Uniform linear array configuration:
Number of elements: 64
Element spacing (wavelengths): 1
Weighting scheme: exponential
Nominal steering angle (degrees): -30
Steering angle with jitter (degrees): -29.931
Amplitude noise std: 0.05
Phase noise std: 0.05

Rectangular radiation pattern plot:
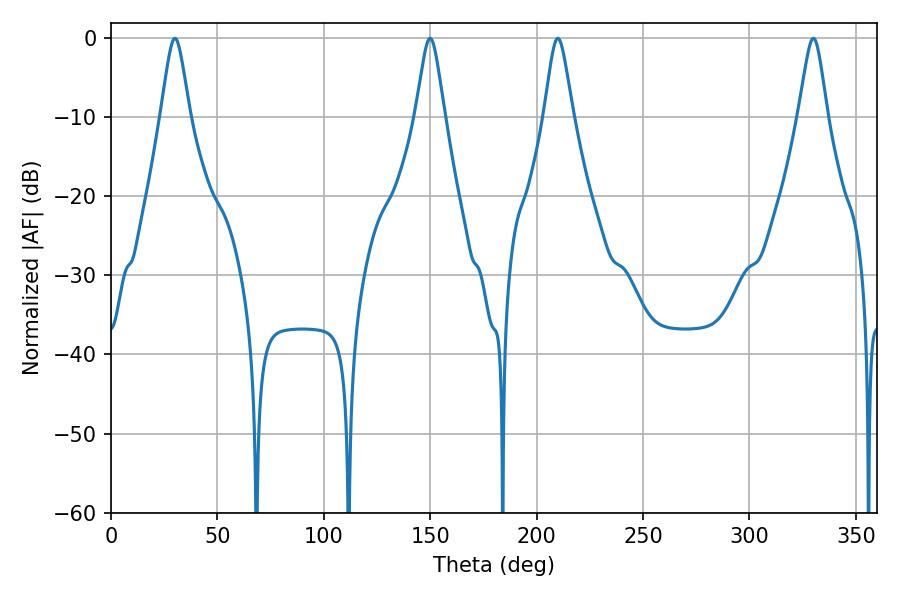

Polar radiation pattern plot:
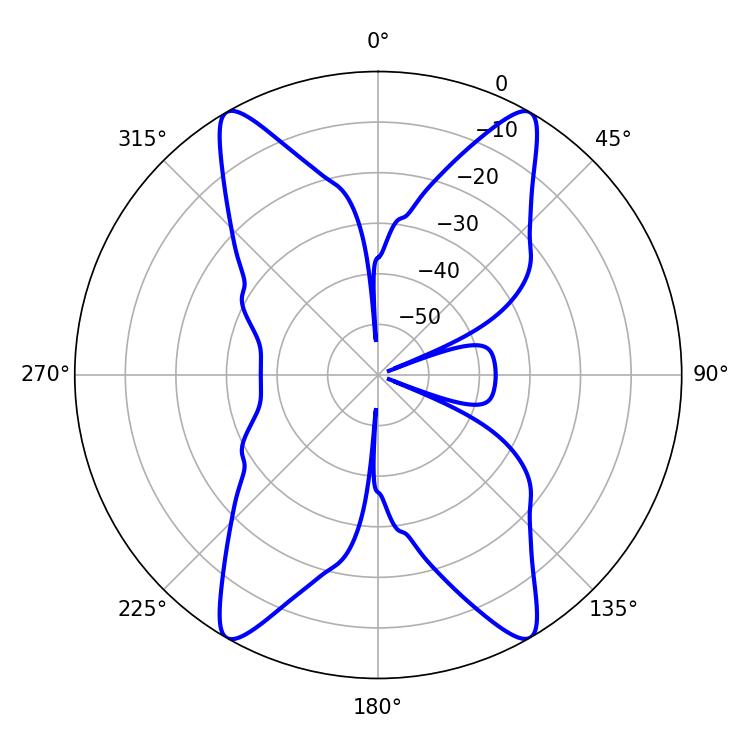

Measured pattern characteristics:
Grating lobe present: TRUE
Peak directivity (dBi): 32.003
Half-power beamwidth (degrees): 6.48
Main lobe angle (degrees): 30.06